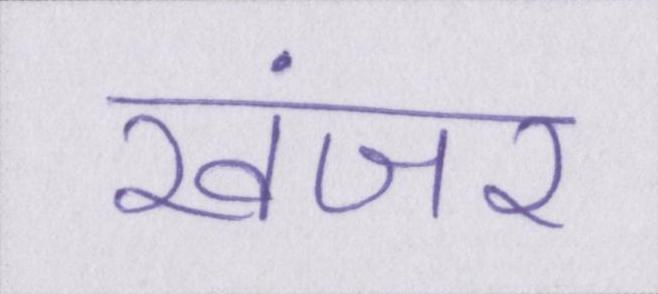
खंजर